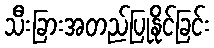
သီးခြားအတည်ပြုနိုင်ခြင်း